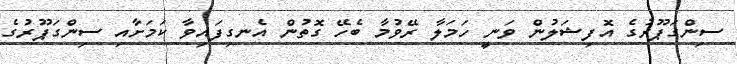
ސިންގަޕޫރުގެ އޮފިޝަލުން ވަނީ ހަމަލާ ރޭވުމާ ބެހޭ ގޮތުން އެނގިފައިވާ ކަމަށާއި ސިންގަޕޫރުގެ